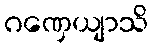
ဂဏှေယျာသိ